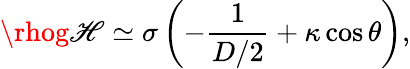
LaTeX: \rhog\mathscr{H}\simeq\sigma\left(-\frac{{1}}{{D/2}}+\kappa\cos\theta\right),